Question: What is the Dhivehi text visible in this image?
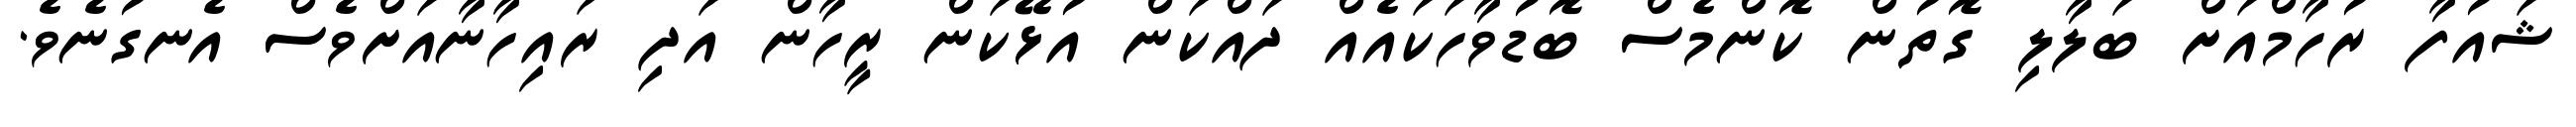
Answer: ޝައުފާ ރުހާމްއަށް ބަލާލި ގޮތުން ކޮންމެސް ބޮޑުވާހަކައެއް ދައްކަން އުޅޭކަން ރީހާން އަދި ރައިހާނާއަށްވެސް އެނގުނެވެ.